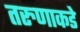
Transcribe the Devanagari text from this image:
तरुणाकडे